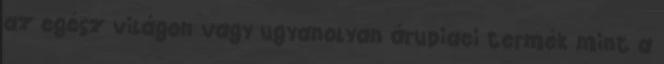
az egész világon vagy ugyanolyan árupiaci termék mint a